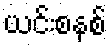
ယင်းစနစ်